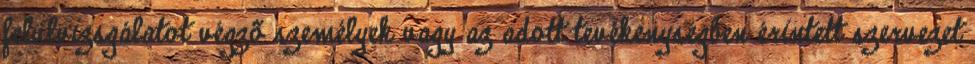
felülvizsgálatot végzõ személyek vagy az adott tevékenységben érintett szervezet